Civil Veterinary Dept. Bombay admin report 1900-1906 - 1900-1906
Year: 1900
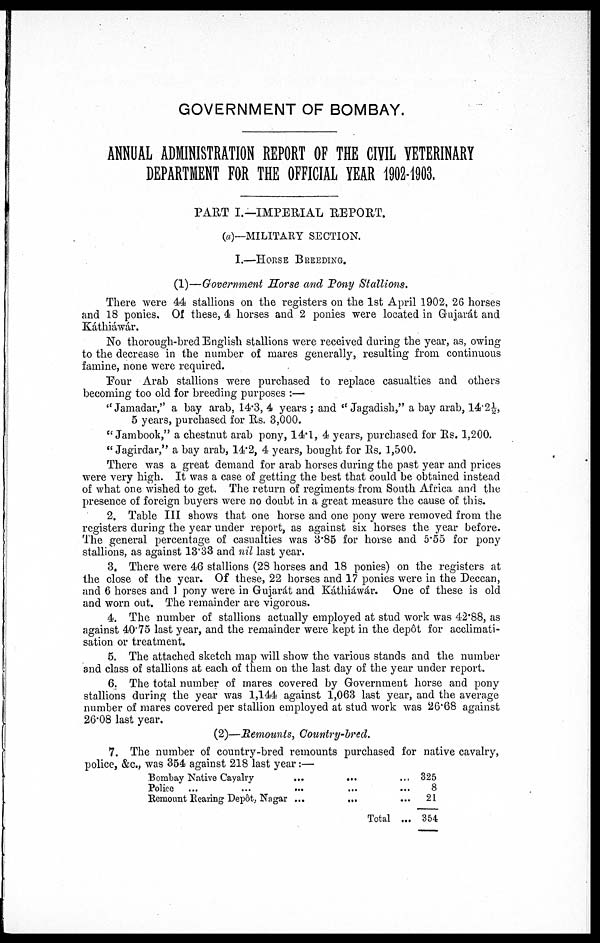
GOVERNMENT OF BOMBAY.
ANNUAL ADMINISTRATION REPORT OF THE CIVIL VETERINARY
DEPARTMENT FOR THE OFFICIAL YEAR 1902-1903.
PART I.—IMPERIAL REPORT.
(a)—MILITARY SECTION.
I.—HORSE BREEDING.
(1)—Government Horse and Pony Stallions.
There were 44 stallions on the registers on the 1st April 1902, 26 horses
and 18 ponies. Of these, 4 horses and 2 ponies were located in Gujarát and
Káthiáwár.
No thorough-bred English stallions were received during the year, as, owing
to the decrease in the number of mares generally, resulting from continuous
famine, none were required.
Four Arab stallions were purchased to replace casualties and others
becoming too old for breeding purposes:—
"Jamadar," a bay arab, 14.3, 4 years; and "Jagadish," a bay arab, 14.2½,
5 years, purchased for Rs. 3,000.
"Jambook," a chestnut arab pony, 14.1, 4 years, purchased for Rs. 1,200.
"Jagirdar," a bay arab, 14.2, 4 years, bought for Rs. 1,500.
There was a great demand for arab horses during the past year and prices
were very high. It was a case of getting the best that could be obtained instead
of what one wished to get. The return of regiments from South Africa and the
presence of foreign buyers were no doubt in a great measure the cause of this.
2. Table III shows that one horse and one pony were removed from the
registers during the year under report, as against six horses the year before.
The general percentage of casualties was 3.85 for horse and 5.55 for pony
stallions, as against 13.33 and nil last year.
3. There were 46 stallions (28 horses and 18 ponies) on the registers at
the close of the year. Of these, 22 horses and 17 ponies were in the Deccan,
and 6 horses and 1 pony were in Gujarát and Káthiáwár. One of these is old
and worn out. The remainder are vigorous.
4. The number of stallions actually employed at stud work was 42.88, as
against 40.75 last year, and the remainder were kept in the depôt for acclimati-
sation or treatment.
5. The attached sketch map will show the various stands and the number
and class of stallions at each of them on the last day of the year under report.
6. The total number of mares covered by Government horse and pony
stallions during the year was 1,144 against 1,063 last year, and the average
number of mares covered per stallion employed at stud work was 26.68 against
26.08 last year.
(2)—Remounts, Country-bred.
7. The number of country-bred remounts purchased for native cavalry,
police, &c., was 354 against 218 last year:—
Bombay Native Cavalry
...
...
Police ...
...
...
...
Remount Rearing Depôt, Nagar ...
...
325
8
21
Total ... 354